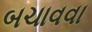
બચાવવા